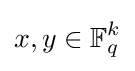
x,y\in \mathbb {F} _{q}^{k}